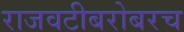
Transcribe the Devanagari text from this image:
राजवटीबरोबरच